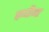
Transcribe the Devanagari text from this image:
कधीना